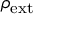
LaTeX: \rho _ { \mathrm { { e x t } } }